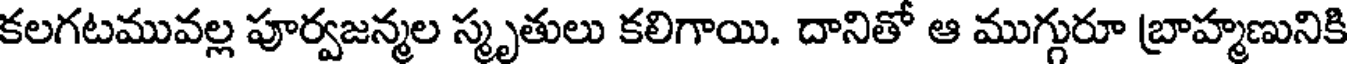
కలగటమువల్ల పూర్వజన్మల స్మృతులు కలిగాయి. దానితో ఆ ముగ్గురూ బ్రాహ్మణునికి